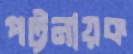
পট্টনায়ক